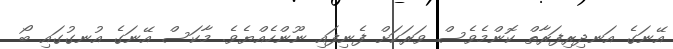
އޭނަގެ އަނދިރިފަރާތް ކޮންމެވެސް ވަރަކަށް ފެނިފައި ނޫންހެއްޔެވެ. މާކަސް އޭނަގެ އުނގުގައި ބޯ